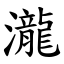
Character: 瀧